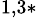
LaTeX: ^{1,3\ast}